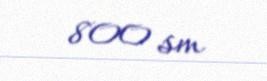
800 sm